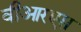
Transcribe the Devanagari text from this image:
वीआरएस